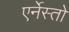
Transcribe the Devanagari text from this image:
एर्नेस्तो